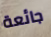
جائعة